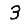
Digit: 3